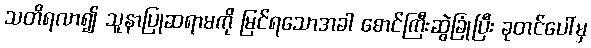
သတိရလာ၍ သူနာပြုဆရာမကို မြင်ရသောအခါ စောင်ကြီးဆွဲခြုံပြီး ခုတင်ပေါ်မှ